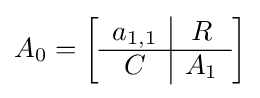
A_{0}=\left[{\begin{array}{c|c}a_{1,1}&R\\\hline C&A_{1}\end{array}}\right]